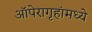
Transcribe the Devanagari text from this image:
ऑपेरागृहांमध्ये